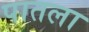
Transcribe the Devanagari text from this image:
पातला